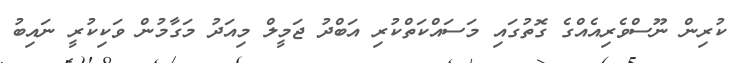
ކުރިން ނޫސްވެރިއެއްގެ ގޮތުގައި މަސައްކަތްކުރި އަބްދު ޖަމީލް މިއަދު މަގާމުން ވަކިކުރީ ނައިބު